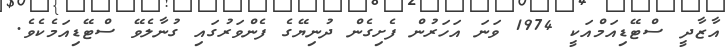
އާޒާދީ ސްޓޭޑިއަމްއަކީ 1974 ވަނަ އަހަރުން ފެށިގެން ދުނިޔޭގެ ފެންވަރުގައި ގުނާލެވޭ ސްޓޭޑިއަމެކެވެ.